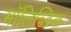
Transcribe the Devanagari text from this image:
मॉलिब्डिक